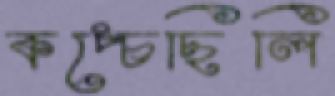
কপ্‌চেছিলি